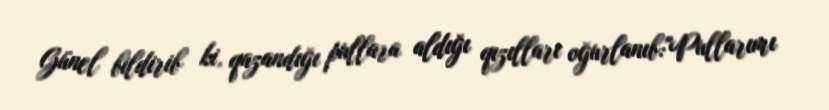
Günel bildirib ki, qazandığı pullara aldığı qızılları oğurlanıb:"Pullarımı